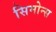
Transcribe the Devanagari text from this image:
सिमोन्स